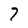
Character: 7